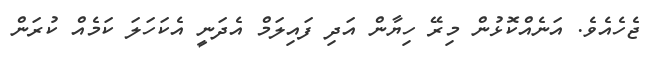
ޖެހެއެވެ. އަނެއްކޮޅުން މިރޭ ހިޔާން އަދި ފައިލަމް އެދަނީ އެކަހަލަ ކަމެއް ކުރަން